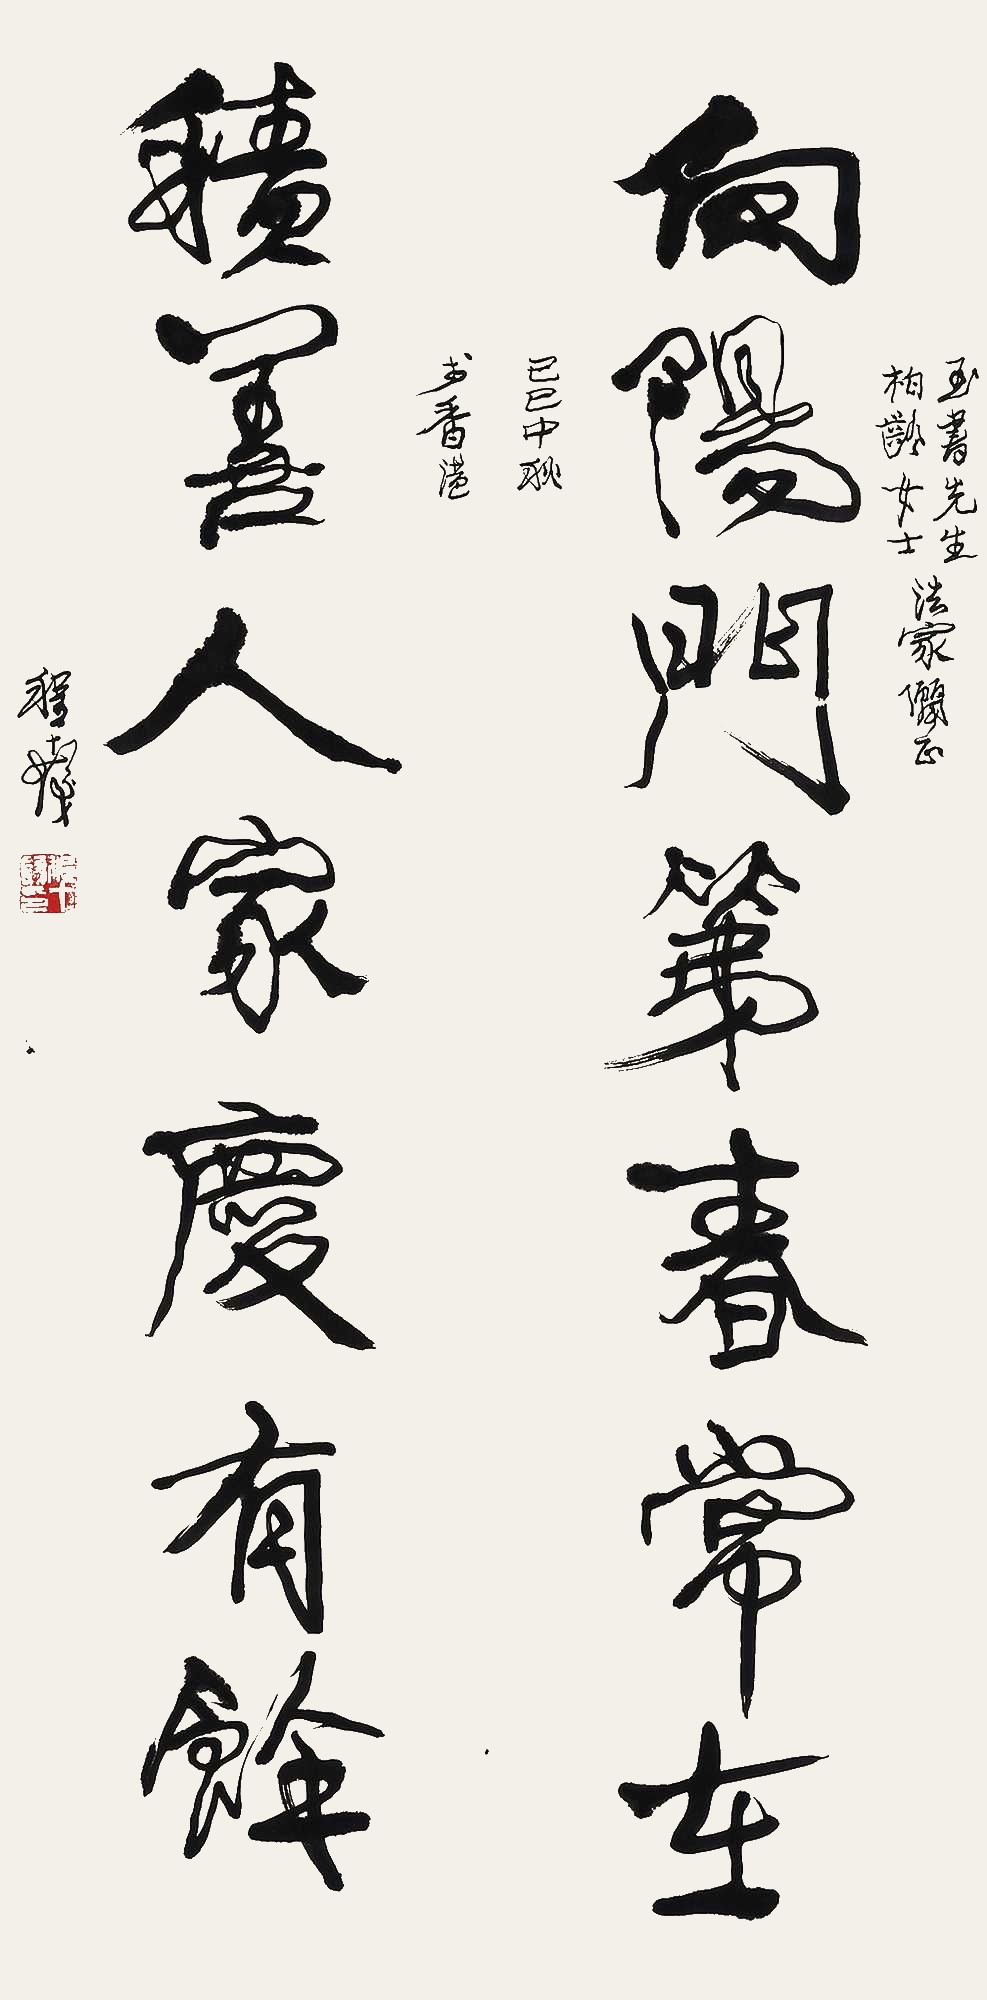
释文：向阳门第春常在，积善人家庆有余。玉书先生、柏龄女士法家俪正，己巳中秋于香港，程十发。